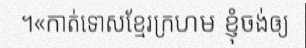
។«កាត់ទោសខ្មែរក្រហម ខ្ញុំចង់ឲ្យ